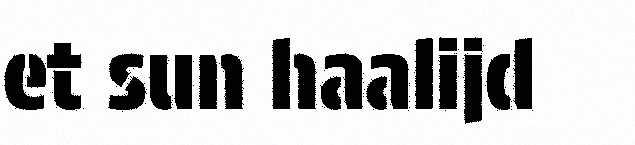
et sun haalijd